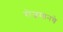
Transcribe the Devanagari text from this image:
रोजमानचे